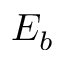
E _ { b }